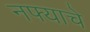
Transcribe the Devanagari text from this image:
नफ्याचे